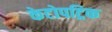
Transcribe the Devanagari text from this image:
केटोपट्रिक